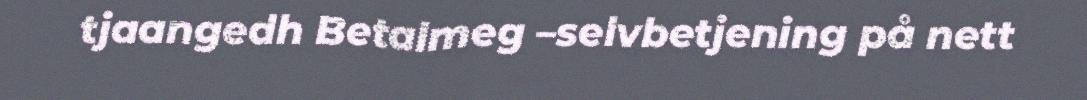
tjaangedh Betalmeg –selvbetjening på nett